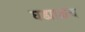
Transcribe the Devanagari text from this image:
घड्याळच